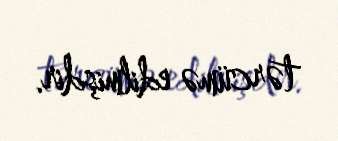
tərcümə edilmişdir.